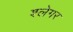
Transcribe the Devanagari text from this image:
श्लेगर